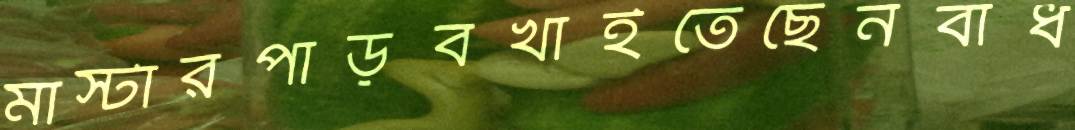
মাস্টারপাড়বখাইতেছেনবাধ